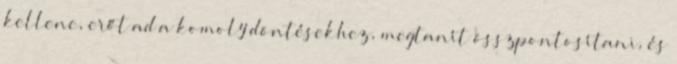
kellene, erőt ad a komoly döntésekhez, megtanít összpontosítani, és